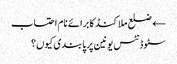
← ضلع ملاکنڈ کا برائے نام احتساب
سٹوڈنٹس یونین پر پابندی کیوں؟